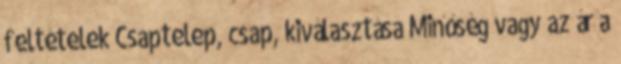
feltételek Csaptelep, csap, kiválasztása Minőség vagy az ár a